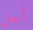
أجل